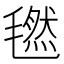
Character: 𣰂